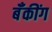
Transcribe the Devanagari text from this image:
बॅँकींग